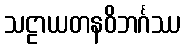
သဠာယတနဝိဘင်္ဂဿ